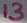
Text: 13